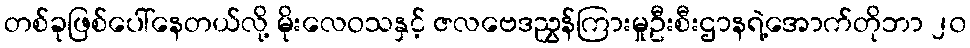
တစ်ခုဖြစ်ပေါ်နေတယ်လို့ မိုးလေဝသနှင့် ဇလဗေဒညွှန်ကြားမှုဦးစီးဌာနရဲ့အောက်တိုဘာ ၂၀